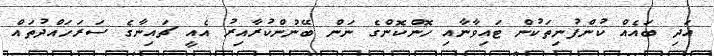
އަދި ބައެއް ކުންފުނިތަކުން ޓައިވާނާއި ހޮންކޮންގެ ނަން ބޭނުންކުރާއިރު އެއީ ޗައިނާގެ ސަރަހައްދުތައް